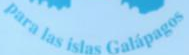
para las islas Galapagos